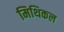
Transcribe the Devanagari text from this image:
मिथिकल